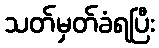
သတ်မှတ်ခံရပြီး